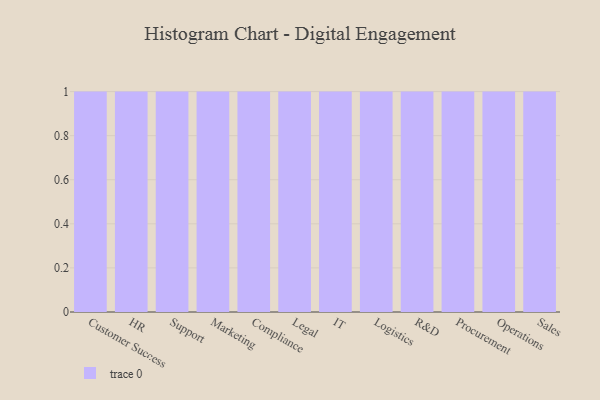
{"axis": {"x": "Department", "y": "Latency (ms)"}, "legend": [""], "data": [{"x": "Customer Success", "y": 67, "type": ""}, {"x": "HR", "y": 8, "type": ""}, {"x": "Support", "y": 13, "type": ""}, {"x": "Marketing", "y": 69, "type": ""}, {"x": "Compliance", "y": 48, "type": ""}, {"x": "Legal", "y": 88, "type": ""}, {"x": "IT", "y": 70, "type": ""}, {"x": "Logistics", "y": 4, "type": ""}, {"x": "R&D", "y": 12, "type": ""}, {"x": "Procurement", "y": 100, "type": ""}, {"x": "Operations", "y": 1, "type": ""}, {"x": "Sales", "y": 29, "type": ""}]}